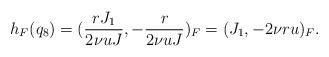
LaTeX: \begin{align*} h_F(q_8) = (\frac{r J_1}{2 \nu u J}, - \frac{r}{2 \nu u J})_F = (J_1, - 2 \nu r u)_F.\end{align*}